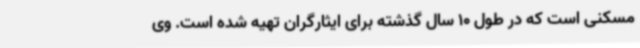
مسکنی است که در طول 10 سال گذشته برای ایثارگران تهیه شده است. وی